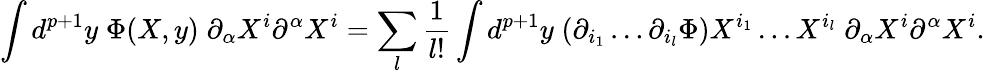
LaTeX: \int d^{p+1}y\; \Phi(X,y)\; \partial_{\alpha}X^{i}\partial^{\alpha}X^{i}=\sum_{l}{\frac{1}{l!}}\int d^{p+1}y\; (\partial_{i_{1}}\dots\partial_{i_{l}}\Phi)X^{i_{1}}\dots X^{i_{l}}\; \partial_{\alpha}X^{i}\partial^{\alpha}X^{i}.